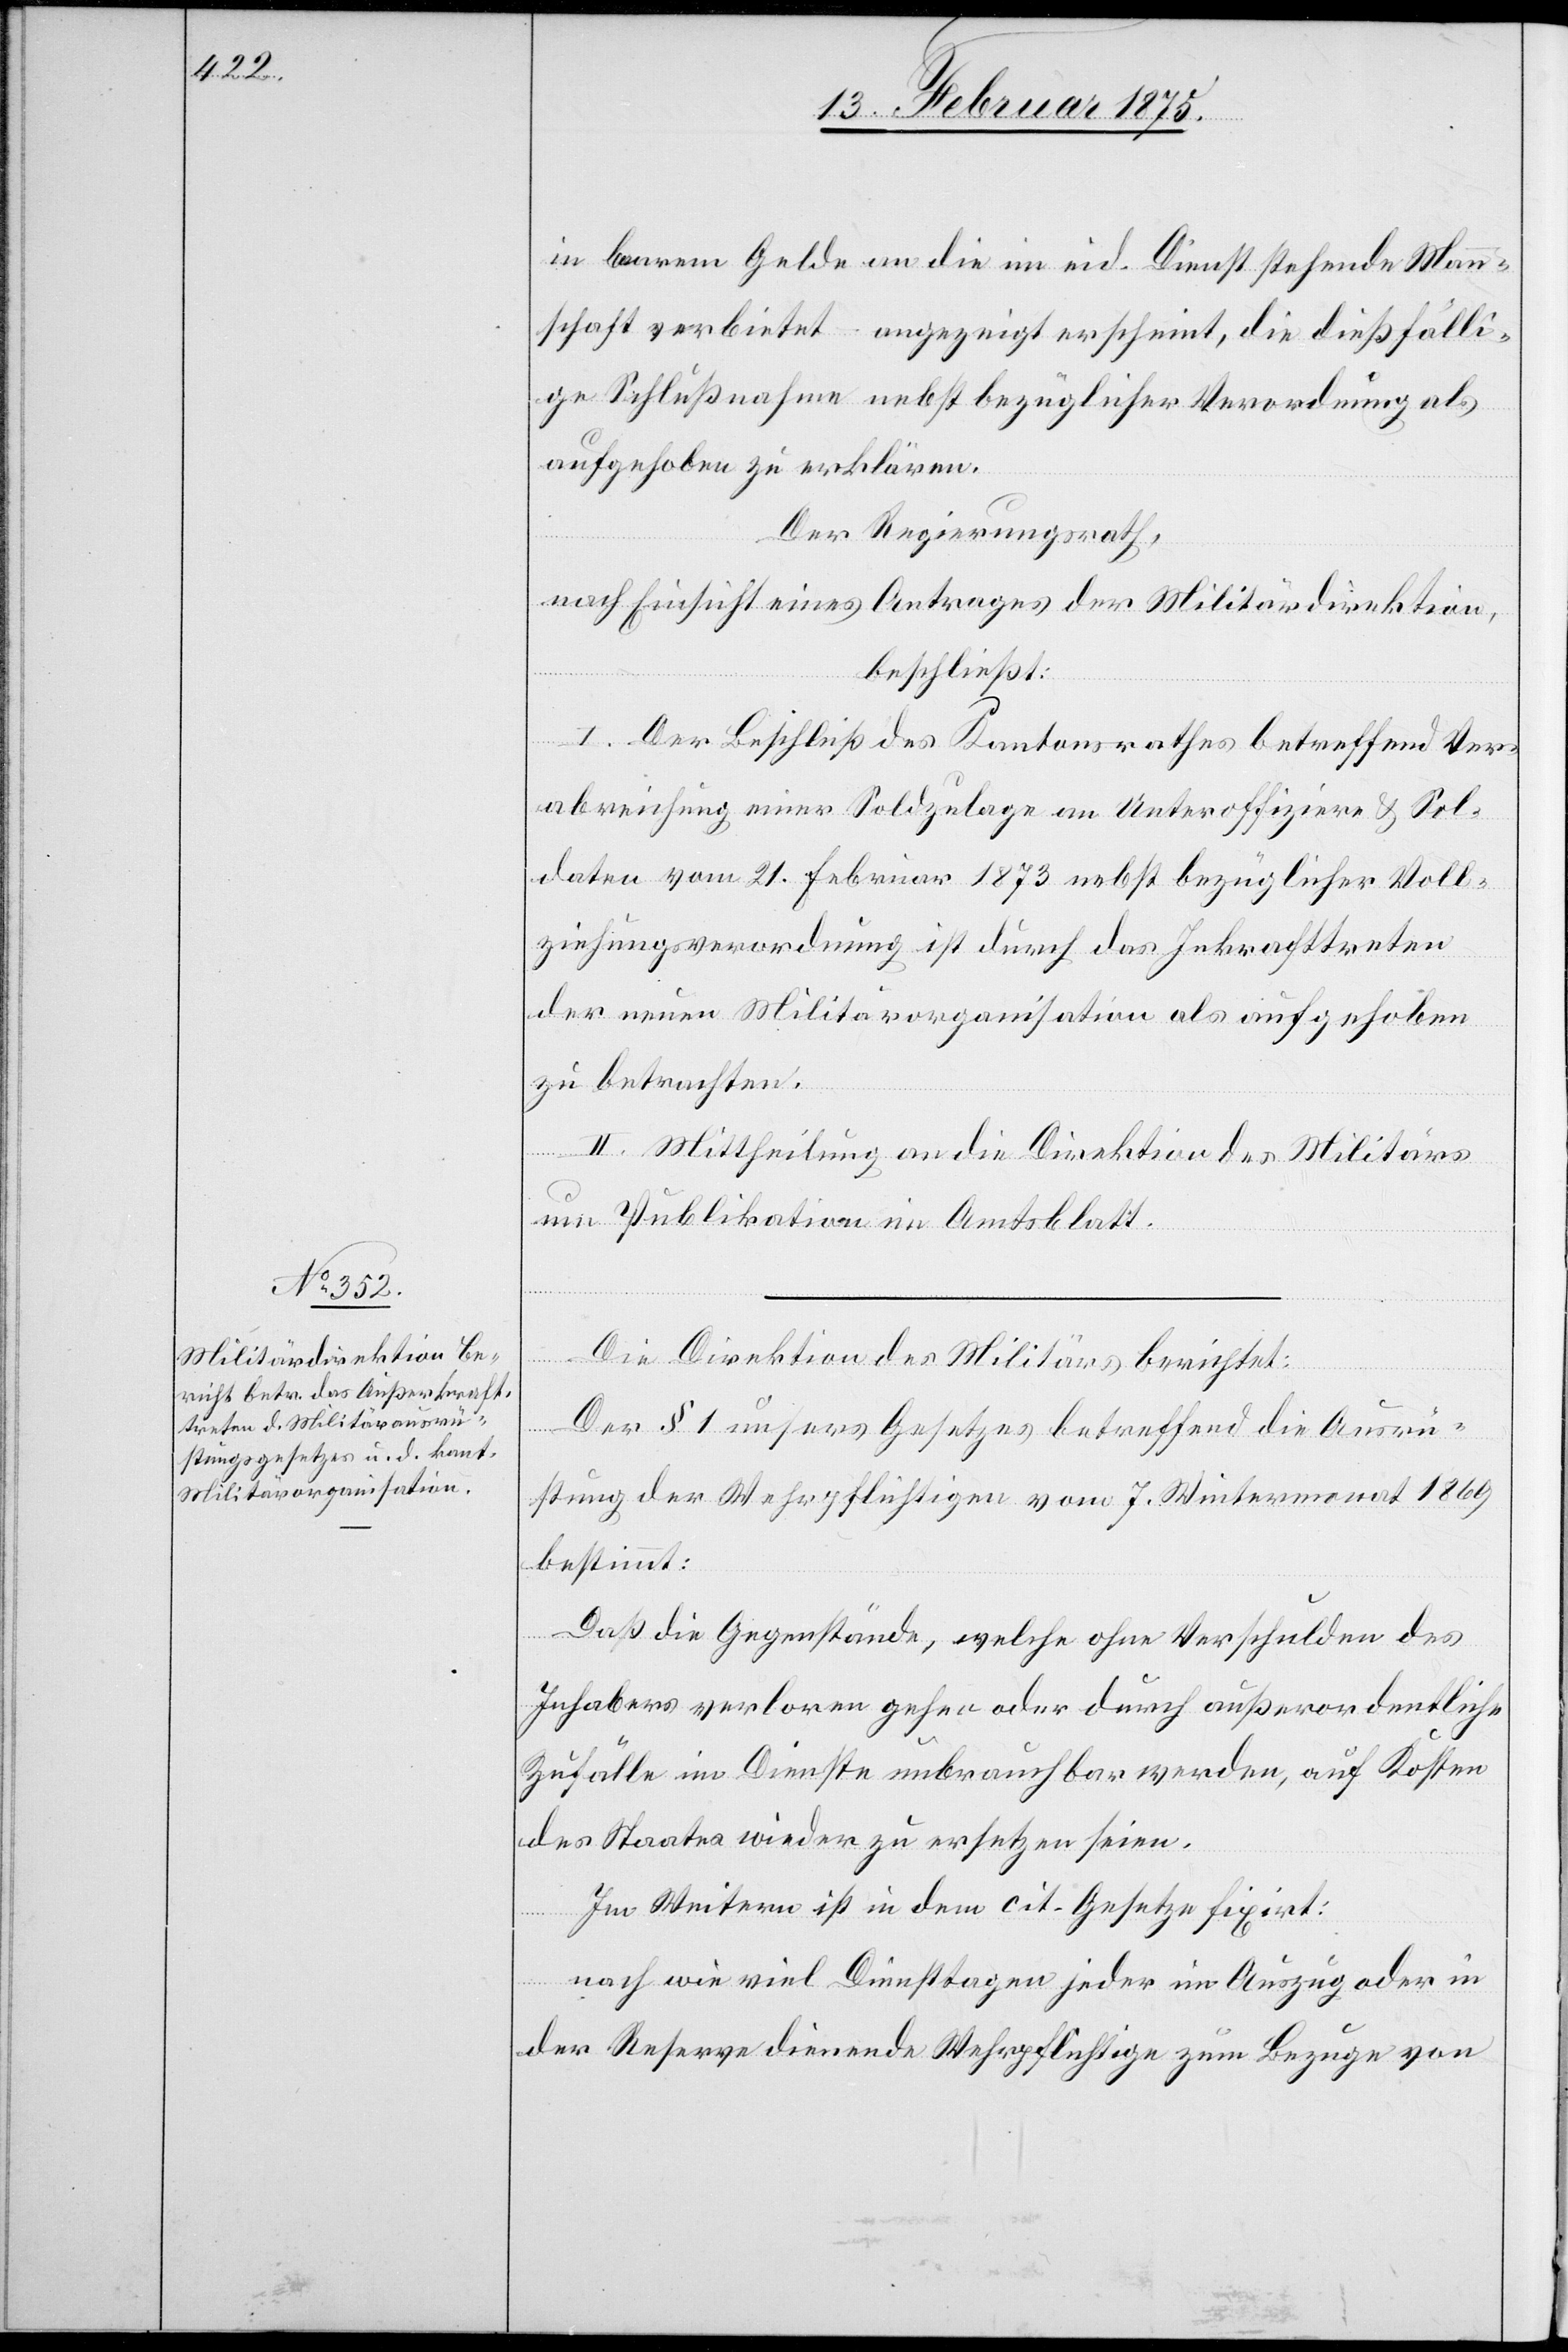
in barem Gelde an die im eid. Dienst stehende Mann¬
schaft verbietet – angezeigt erscheint, die dießfälli¬
ge Schlußnahme nebst bezüglicher Verordnung als
aufgehoben zu erklären.
Der Regierungsrath,
nach Einsicht eines Antrages der Militärdirektion,
beschließt:
I. Der Beschluß des Kantonsrathes betreffend Ver¬
abreichung einer Soldzulage an Unteroffiziere & Sol¬
daten vom 21. Februar 1873 nebst bezüglicher Voll¬
ziehungsverordnung ist durch das Inkrafttreten
der neuen Militärorganisation als aufgehoben
zu betrachten.
II. Mittheilung an die Direktion des Militärs
und Publikation im Amtsblatt.
Die Direktion des Militärs berichtet:
Der § 1 unsers Gesetzes betreffend die Ausrü¬
stung der Wehrpflichtigen vom 7. Wintermonat 1869
bestimmt:
Daß die Gegenstände, welche ohne Verschulden des
Inhabers verloren gehen oder durch außerordentliche
Zufälle im Dienste unbrauchbar werden, auf Kosten
des Staates wieder zu ersetzen seien.
Im Weitern ist in dem cit. Gesetze fixirt:
nach wie viel Diensttagen jeder im Auszug oder in
der Reserve dienende Wehrpflichtige zum Bezuge von